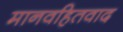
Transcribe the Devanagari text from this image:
मानवहितवाद